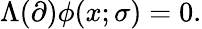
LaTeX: \Lambda(\partial)\phi(x;\sigma)=0.